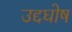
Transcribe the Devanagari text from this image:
उद्दघोष